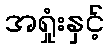
အရှုံးနှင့်